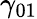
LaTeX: \gamma_{01}